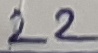
Text: 22